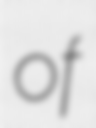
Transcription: of